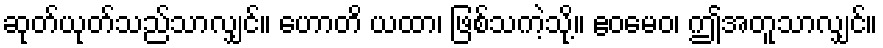
ဆုတ်ယုတ်သည်သာလျှင်။ ဟောတိ ယထာ၊ ဖြစ်သကဲ့သို့။ ဧဝမေဝ၊ ဤအတူသာလျှင်။